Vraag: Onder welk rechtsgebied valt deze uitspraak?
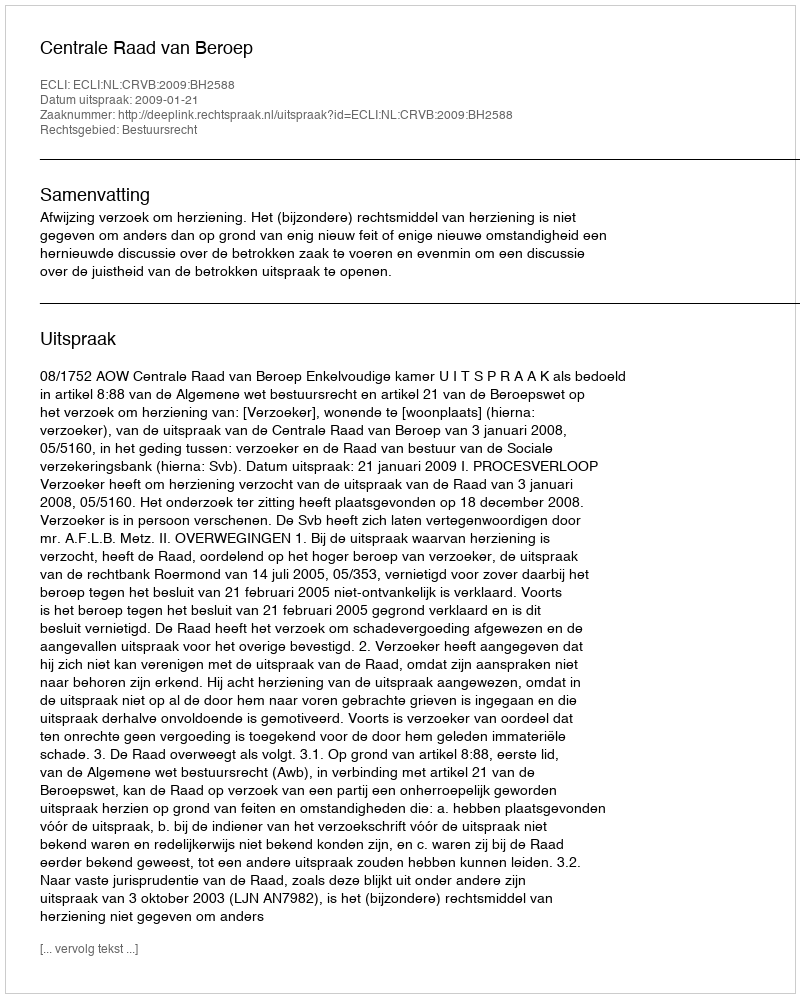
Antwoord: Bestuursrecht